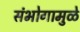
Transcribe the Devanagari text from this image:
संभोगामुळे